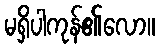
မရှိပါကုန်၏လော။